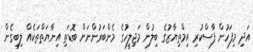
އަދި މިފަހުން ފާސްކުރި އިމްތިޔާޒުގެ ބިލުން މަޖިލީހުގެ މެންބަރުންނަށް ބޮޑަތި އިނާޔަތްތަކެއް ލިބިގެން